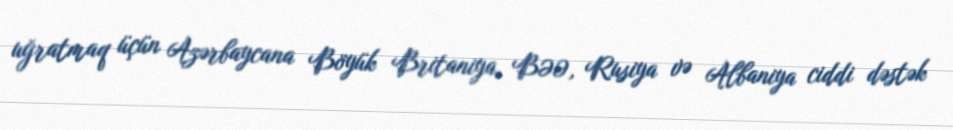
uğratmaq üçün Azərbaycana Böyük Britaniya, BƏƏ, Rusiya və Albaniya ciddi dəstək